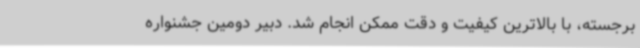
برجسته، با بالاترین کیفیت و دقت ممکن انجام شد. دبیر دومین جشنواره